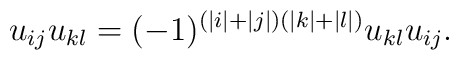
u_{i j} u_{k l}=(-1)^{(|i|+|j|) (|k|+|l|)} u_{k l} u_{i j} .